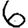
Digit: 6